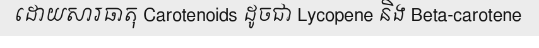
ដោយសារធាតុ Carotenoids ដូចជា Lycopene និង Beta-carotene